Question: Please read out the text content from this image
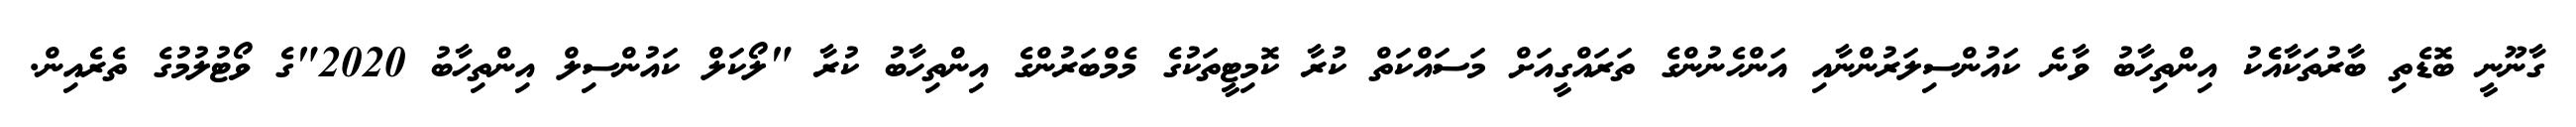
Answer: ގާނޫނީ ބޮޑެތި ބާރުތަކާއެެކު އިންތިހާބު ވާނެ ކައުންސިލަރުންނާއި އަންހެނުންގެ ތަރައްގީއަށް މަސައްކަތް ކުރާ ކޮމިޓީތަކުގެ މެމްބަރުންގެ އިންތިހާބު ކުރާ "ލޯކަލް ކައުންސިލް އިންތިހާބު 2020"ގެ ވޯޓުލުމުގެ ތެރެއިން.